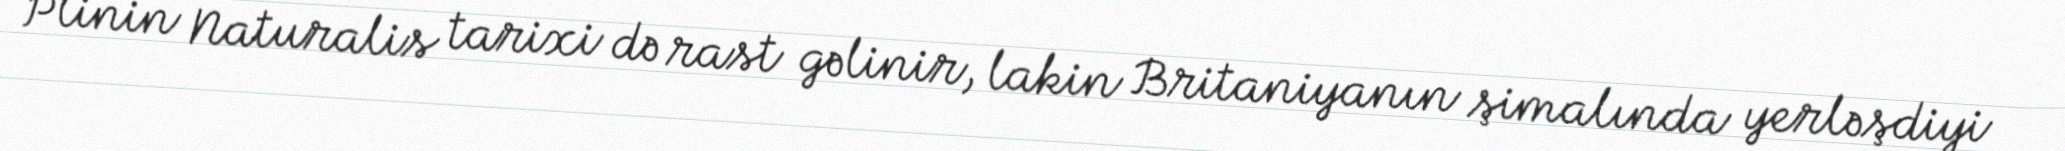
Plinin Naturalis tarixi də rast gəlinir, lakin Britaniyanın şimalında yerləşdiyi